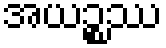
အယဉ္စဿ